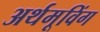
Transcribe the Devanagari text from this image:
अर्थमूविंग